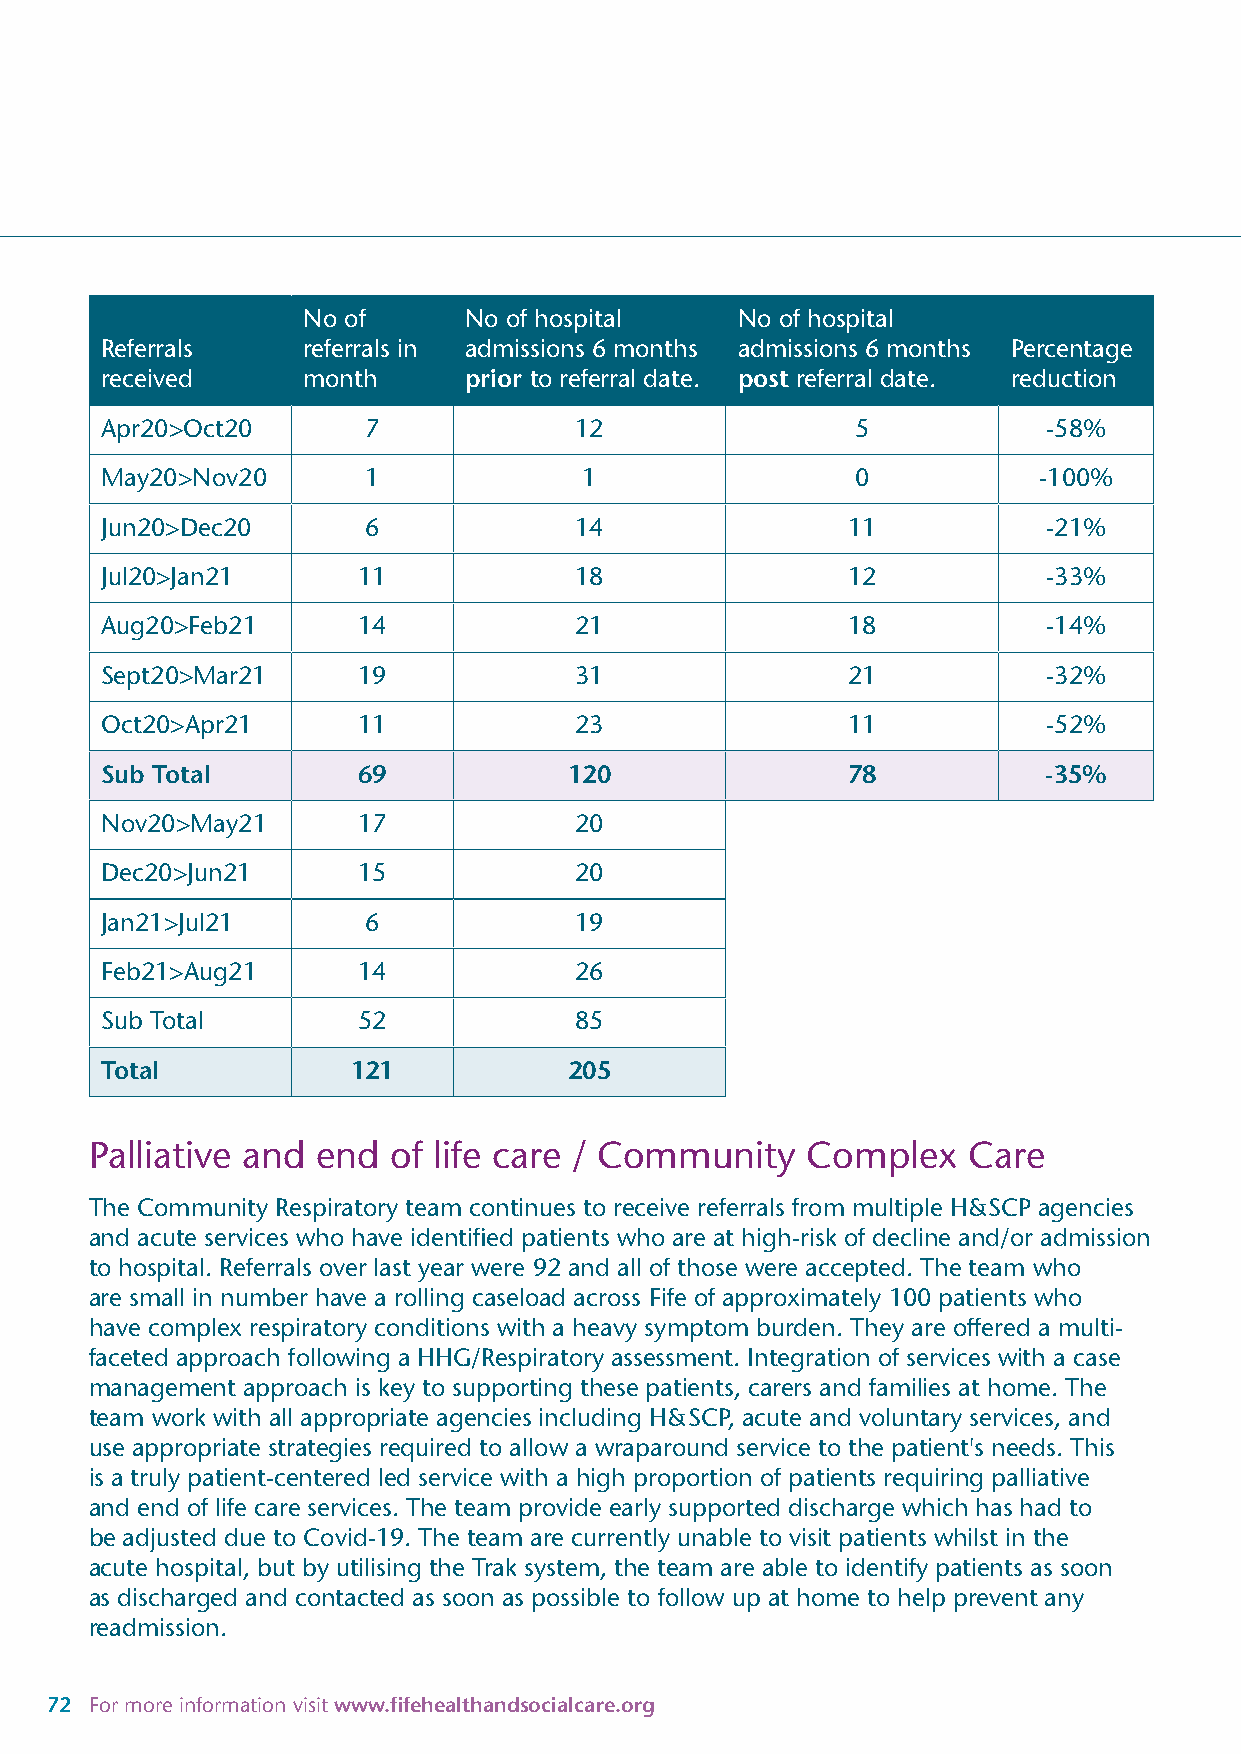
No of      No of hospital    No of hospital
 Referrals    referrals in admissions 6 months admissions 6 months Percentage
 received     month      prior to referral date. post referral date. reduction
 Apr20>Oct20      7             12                 5           -58%
 May20>Nov20      1              1                 0           -100%
 Jun20>Dec20      6             14                11           -21%
 Jul20>Jan21      11            18                12           -33%
 Aug20>Feb21      14            21                18           -14%
 Sept20>Mar21     19            31                21           -32%
 Oct20>Apr21      11            23                11           -52%
 Sub Total        69            120               78           -35%
 Nov20>May21      17            20
 Dec20>Jun21      15            20
 Jan21>Jul21      6             19
 Feb21>Aug21      14            26
 Sub Total        52            85
 Total           121            205
 Palliative and end  of life care / Community   Complex    Care
 The Community Respiratory team continues to receive referrals from multiple H&SCP agencies
 and acute services who have identified patients who are at high-risk of decline and/or admission
 to hospital. Referrals over last year were 92 and all of those were accepted. The team who
 are small in number have a rolling caseload across Fife of approximately 100 patients who
 have complex respiratory conditions with a heavy symptom burden. They are offered a multi-
 faceted approach following a HHG/Respiratory assessment. Integration of services with a case
 management approach is key to supporting these patients, carers and families at home. The
 team work with all appropriate agencies including H&SCP, acute and voluntary services, and
 use appropriate strategies required to allow a wraparound service to the patient's needs. This
 is a truly patient-centered led service with a high proportion of patients requiring palliative
 and end of life care services. The team provide early supported discharge which has had to
 be adjusted due to Covid-19. The team are currently unable to visit patients whilst in the
 acute hospital, but by utilising the Trak system, the team are able to identify patients as soon
 as discharged and contacted as soon as possible to follow up at home to help prevent any
 readmission.
 72 For more information visit www.fifehealthandsocialcare.org